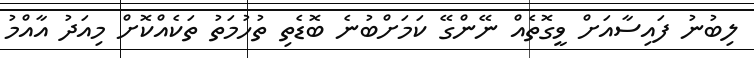
ލިބުނު ފައިސާއަށް ވީގޮތެއް ނޭންގޭ ކަމަށްބުނެ ބޮޑެތި ތުހުމަތު ތަކެއްކޮށް މިއަދު އާއްމު